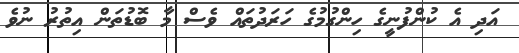
އަދި އެ ކުންފުނީގެ ހިންގުމުގެ ހަރަދުތައް ވެސް މާ ބޮޑުތަން އިތުރު ނުވެ